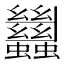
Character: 蠿